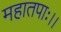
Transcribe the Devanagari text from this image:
महातपाः।।